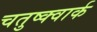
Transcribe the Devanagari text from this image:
चतुष्क्वार्क